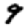
Digit: 9